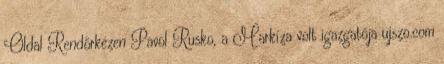
Oldal Rendőrkézen Pavol Rusko, a Markíza volt igazgatója ujszo.com